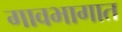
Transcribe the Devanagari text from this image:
गावभागात